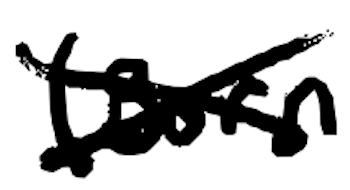
Text: (born
Cross-out: mix
Writing tool: digital_black